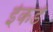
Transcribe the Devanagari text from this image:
ईकडे